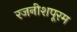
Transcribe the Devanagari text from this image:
रजनीशपूरम